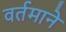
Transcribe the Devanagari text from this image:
वर्तमाने